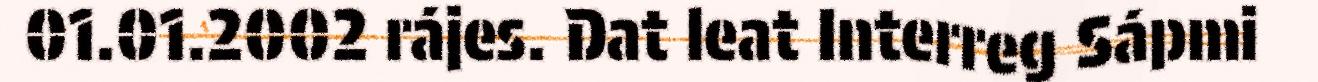
01.01.2002 rájes. Dat leat Interreg Sápmi